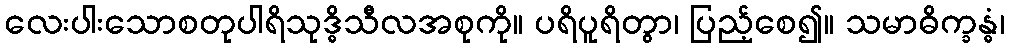
လေးပါးသောစတုပါရိသုဒ္ဓိသီလအစုကို။ ပရိပူရိတွာ၊ ပြည့်စေ၍။ သမာဓိက္ခန္ဓံ၊